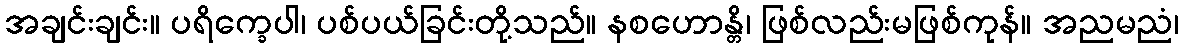
အချင်းချင်း။ ပရိက္ခေပါ၊ ပစ်ပယ်ခြင်းတို့သည်။ နစဟောန္တိ၊ ဖြစ်လည်းမဖြစ်ကုန်။ အညမညံ၊